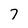
Character: 7